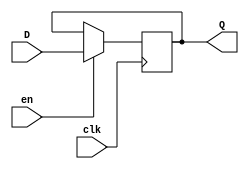
// Code your design here
module flip_flop(input D, input clk, input en, output reg Q);
  always @ (posedge clk)
    if(en)
      Q <= D;
endmodule